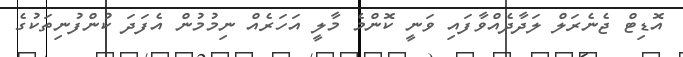
އޮޑިޓް ޖެނެރަލް ލަދާދެއްވާފައި ވަނީ ކޮންމެ މާލީ އަހަރެއް ނިމުމުން އެފަދަ ކުންފުނިތަކުގެ